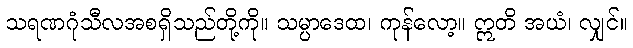
သရဏဂုံသီလအစရှိသည်တို့ကို။ သမ္ပာဒေထ၊ ကုန်လော့။ ဣတိ အယံ၊ လျှင်။